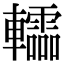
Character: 䡼